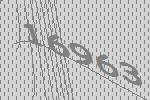
16963